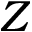
Z